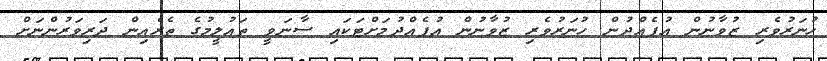
ހުނަރުވެރި ޒުވާނުން އުފެއްދުން ހުނަރުވެރި ޒުވާނުން އުފެއްދުމަށްޓަކައި ސާނަވީ ތައުލީމުގެ ތެރެއިން ދަރިވަރުންނަށް